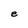
Character: e